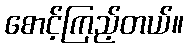
စောင့်ကြည့်တယ်။